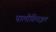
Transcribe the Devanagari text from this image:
पालीविनाइल